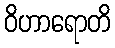
ဝိဟာရောတိ